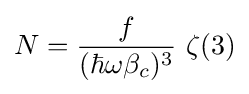
N={\frac {f}{(\hbar \omega \beta _{c})^{3}}}~\zeta (3)